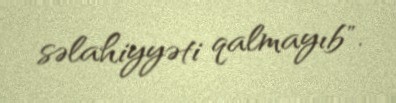
səlahiyyəti qalmayıb".